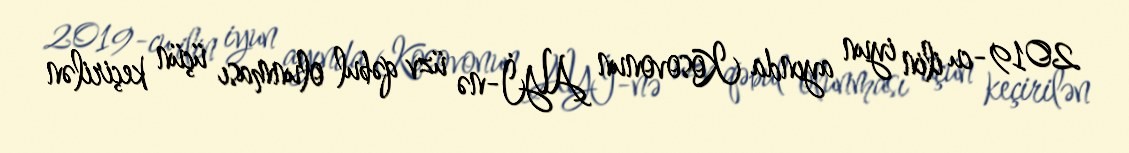
2019-cu ilin iyun ayında Kosovonun AYİ-nə üzv qəbul olunması üçün keçirilən